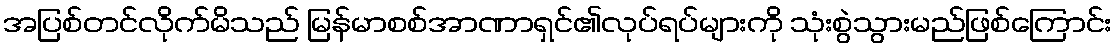
အပြစ်တင်လိုက်မိသည် မြန်မာစစ်အာဏာရှင်၏လုပ်ရပ်များကို သုံးစွဲသွားမည်ဖြစ်ကြောင်း